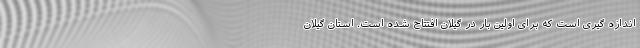
اندازه گیری است که برای اولین بار در گیلان افتتاح شده است. استان گیلان